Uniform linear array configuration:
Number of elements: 8
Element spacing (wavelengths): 0.75
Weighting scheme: binomial
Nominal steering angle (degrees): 30
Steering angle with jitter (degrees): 29.011
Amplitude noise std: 0.05
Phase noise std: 0.05

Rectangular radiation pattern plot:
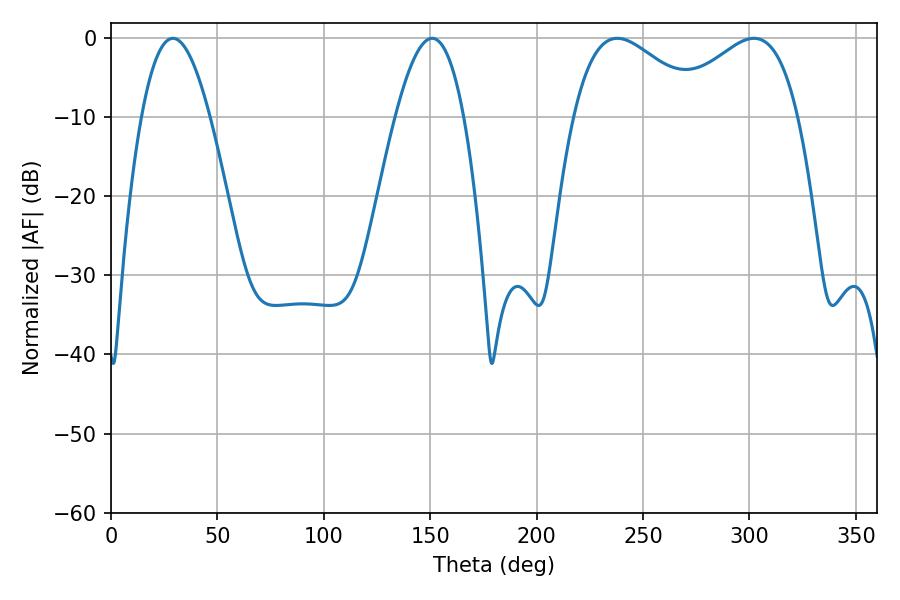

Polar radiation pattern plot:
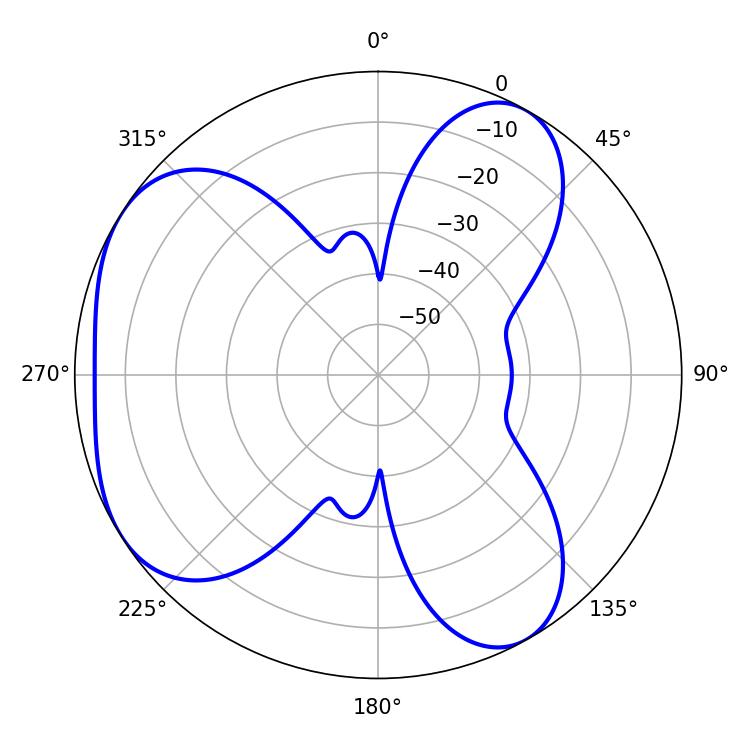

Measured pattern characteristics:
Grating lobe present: TRUE
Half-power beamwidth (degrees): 33.12
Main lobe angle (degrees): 237.96